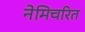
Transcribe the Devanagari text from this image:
नेमिचरित